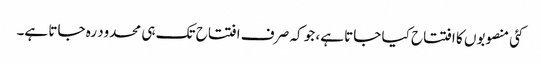
کئی منصوبوں کا افتتاح کیا جاتا ہے، جو کہ صر ف افتتاح تک ہی محدود رہ جاتا ہے۔